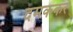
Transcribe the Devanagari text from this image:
दमककर